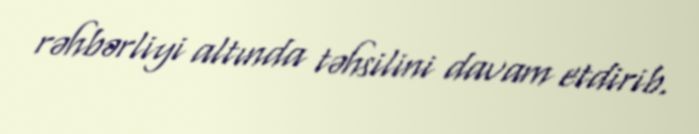
rəhbərliyi altında təhsilini davam etdirib.